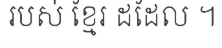
របស់ ខ្មែរ ដដែល ។